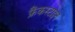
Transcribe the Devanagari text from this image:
फ्रैंकस्टाइन